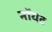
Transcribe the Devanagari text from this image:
नॉयट